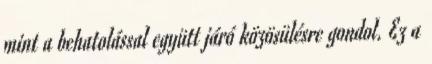
mint a behatolással együtt járó közösülésre gondol. Ez a